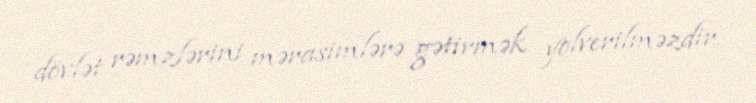
dövlət rəmzlərini mərasimlərə gətirmək yolverilməzdir.